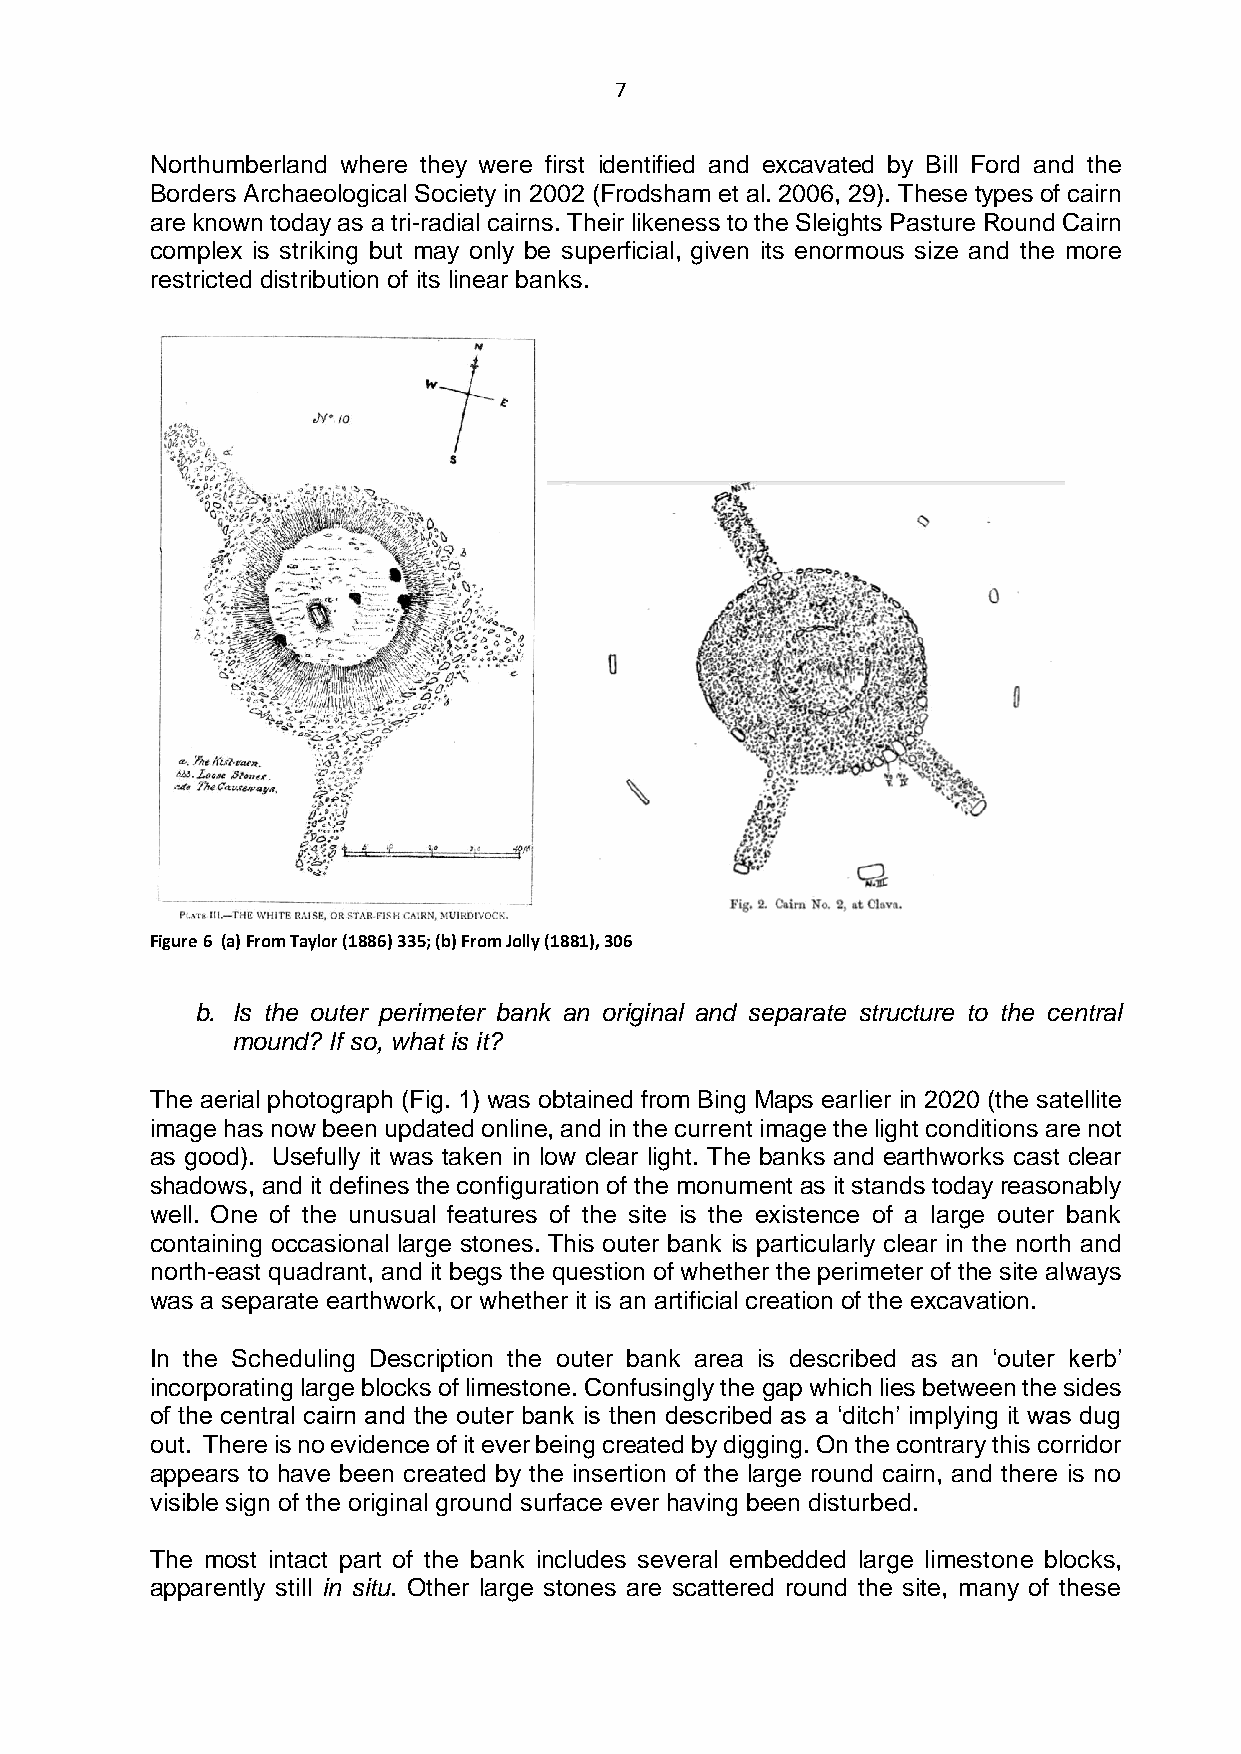
7
 Northumberland where they were first identified and excavated by Bill Ford and the
 Borders Archaeological Society in 2002 (Frodsham et al. 2006, 29). These types of cairn
 are known today as a tri-radial cairns. Their likeness to the Sleights Pasture Round Cairn
 complex is striking but may only be superficial, given its enormous size and the more
 restricted distribution of its linear banks.
 Figure 6 (a) From Taylor (1886) 335; (b) From Jolly (1881), 306
 b. Is the outer perimeter bank an original and separate structure to the central
 mound? If so, what is it?
 The aerial photograph (Fig. 1) was obtained from Bing Maps earlier in 2020 (the satellite
 image has now been updated online, and in the current image the light conditions are not
 as good). Usefully it was taken in low clear light. The banks and earthworks cast clear
 shadows, and it defines the configuration of the monument as it stands today reasonably
 well. One of the unusual features of the site is the existence of a large outer bank
 containing occasional large stones. This outer bank is particularly clear in the north and
 north-east quadrant, and it begs the question of whether the perimeter of the site always
 was a separate earthwork, or whether it is an artificial creation of the excavation.
 In the Scheduling Description the outer bank area is described as an ‘outer kerb’
 incorporating large blocks of limestone. Confusingly the gap which lies between the sides
 of the central cairn and the outer bank is then described as a ‘ditch’ implying it was dug
 out. There is no evidence of it ever being created by digging. On the contrary this corridor
 appears to have been created by the insertion of the large round cairn, and there is no
 visible sign of the original ground surface ever having been disturbed.
 The most intact part of the bank includes several embedded large limestone blocks,
 apparently still in situ. Other large stones are scattered round the site, many of these